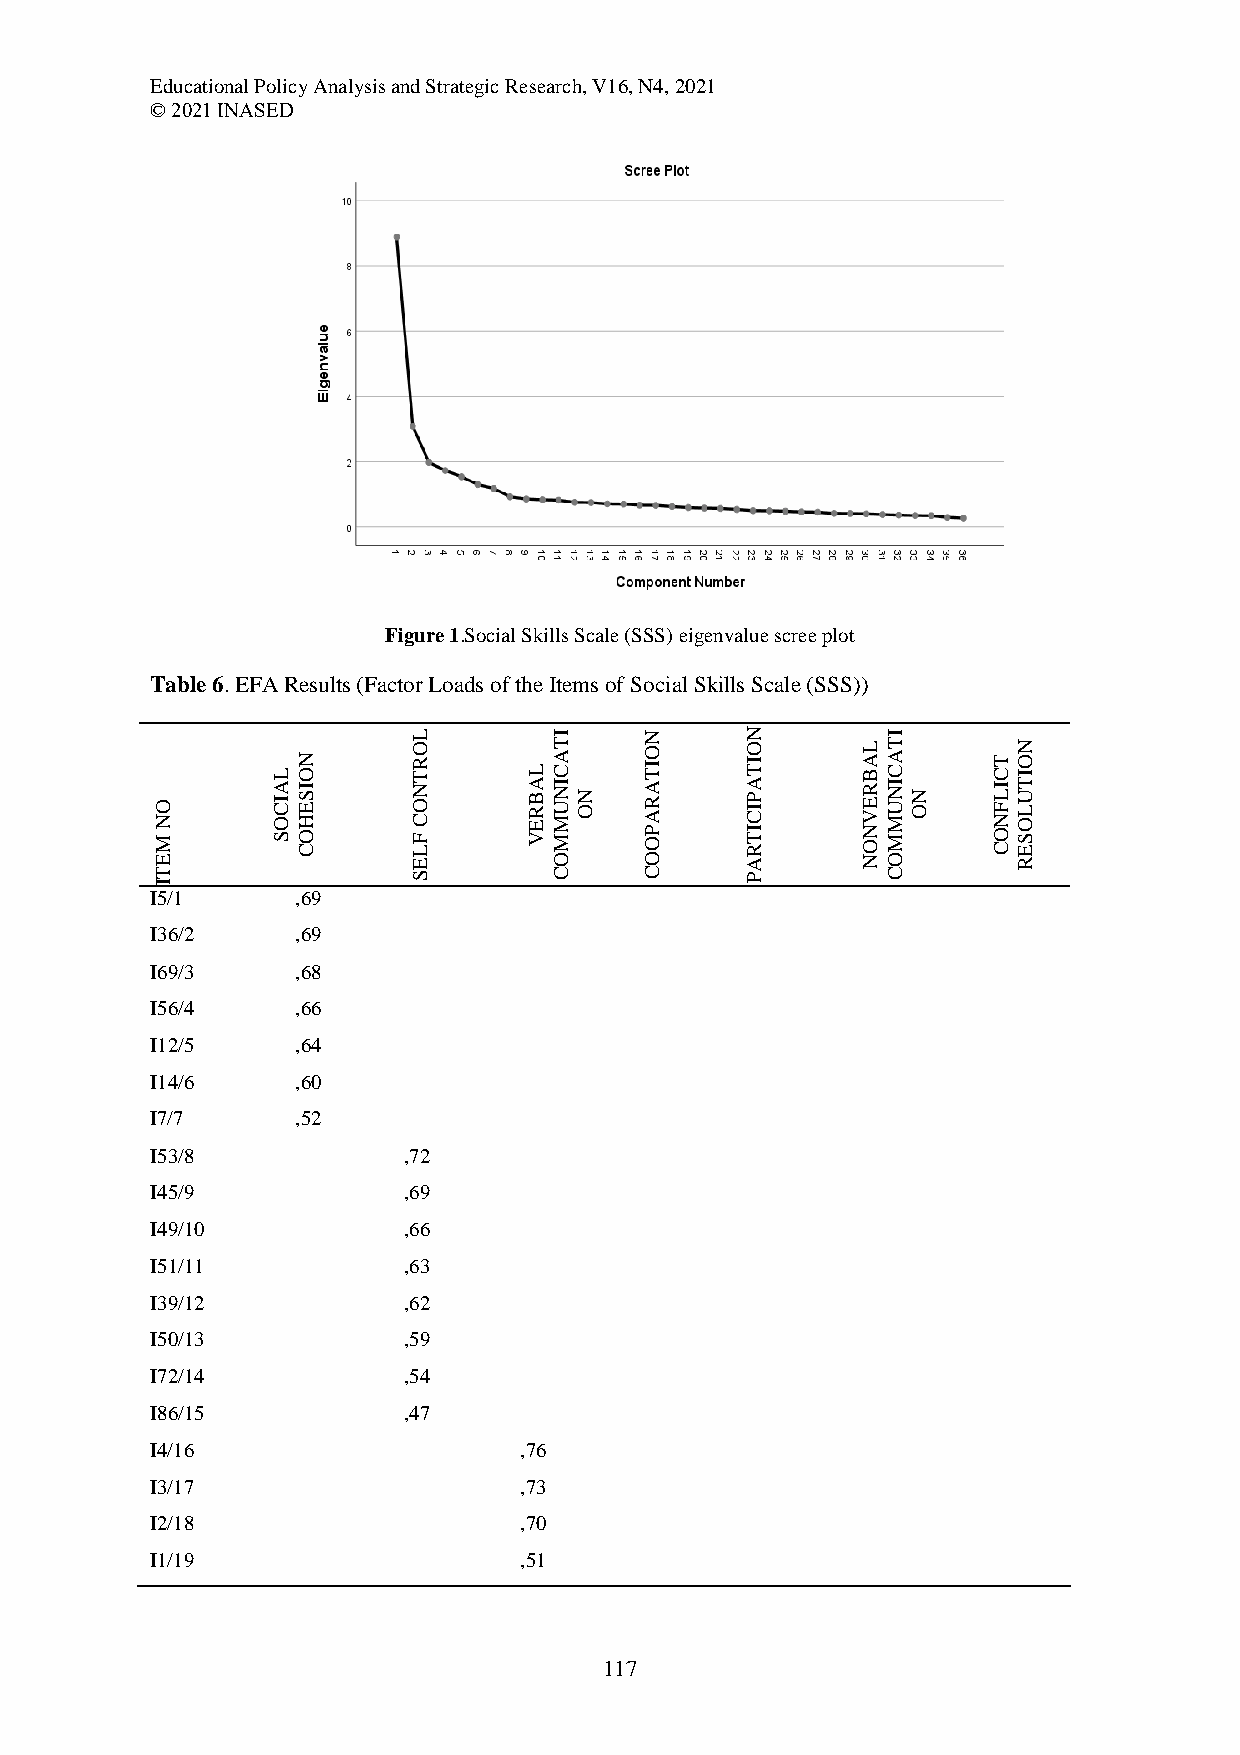
Educational Policy Analysis and Strategic Research, V16, N4, 2021
 © 2021 INASED
 Figure 1.Social Skills Scale (SSS) eigenvalue scree plot
 Table 6. EFA Results (Factor Loads of the Items of Social Skills Scale (SSS))
 M
 NO
 SOCIAL
 COHESION
 LF
 CONTROL
 VERBAL
 MMUNICATI
 ON
 OPARATION RTICIPATION
 ONVERBAL
 MMUNICATI
 ON
 CONFLICT
 ESOLUTION
 E                E         O     O     A       NO        R
 T                S         C     C     P         C
 I
 I5/1      ,69
 I36/2     ,69
 I69/3     ,68
 I56/4     ,66
 I12/5     ,64
 I14/6     ,60
 I7/7      ,52
 I53/8            ,72
 I45/9            ,69
 I49/10           ,66
 I51/11           ,63
 I39/12           ,62
 I50/13           ,59
 I72/14           ,54
 I86/15           ,47
 I4/16                   ,76
 I3/17                   ,73
 I2/18                   ,70
 I1/19                   ,51
 117